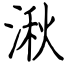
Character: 湫